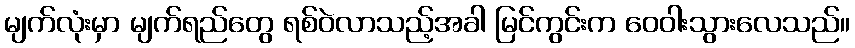
မျက်လုံးမှာ မျက်ရည်တွေ ရစ်ဝဲလာသည့်အခါ မြင်ကွင်းက ဝေဝါးသွားလေသည်။